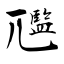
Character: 尶